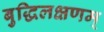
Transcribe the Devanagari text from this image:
बुद्धिलक्षणम्‌